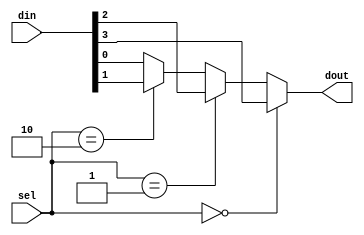
`timescale 1ns / 1ps

module mux_4x1( din ,sel ,dout );

output dout ;
reg dout ;

input [3:0] din ;
wire [3:0] din ;
input [1:0] sel ;
wire [1:0] sel ;

always @ (din or sel) begin
 if (sel==0)
  dout = din[3];
 else if (sel==1)
  dout = din[2];
 else if (sel==2)
  dout = din[1];
 else
  dout = din[0];
end
endmodule

module mux_3x8(in,out,sel);
 
input [7:0]in;
input [2:0]sel;
output out;
 
reg out;
wire [2:0]sel;
wire [7:0]in;
 
always @(sel or in)
begin
 
if (sel==0)
out = in[0];
if (sel==1)
out = in[1];
if (sel==2)
out = in[2];
if (sel==3)
out = in[3];
if (sel==4)
out = in[4];
if (sel==5)
out = in[5];
if (sel==6)
out = in[6];
if (sel==7)
out = in[7];
end
 
endmodule